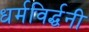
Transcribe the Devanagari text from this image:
धर्मविर्द्धनी